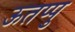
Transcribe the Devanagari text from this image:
ऊतप्पु